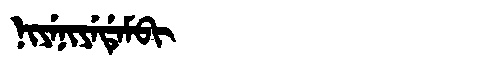
Manchu: ᠨᡳᠶᡝᠨᡳᠶᡝᡩᡝᠮᠪᡳ
Romanization: NIYENIYEDEMBI